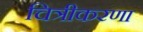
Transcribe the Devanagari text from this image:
चित्रीकरणा